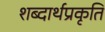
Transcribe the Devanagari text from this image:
शब्दार्थप्रकृति